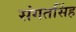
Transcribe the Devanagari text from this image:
संगतसिंह